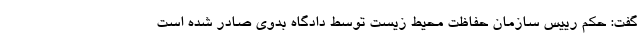
گفت: حکم رییس سازمان حفاظت محیط زیست توسط دادگاه بدوی صادر شده است